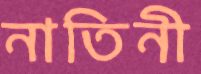
নাতিনী